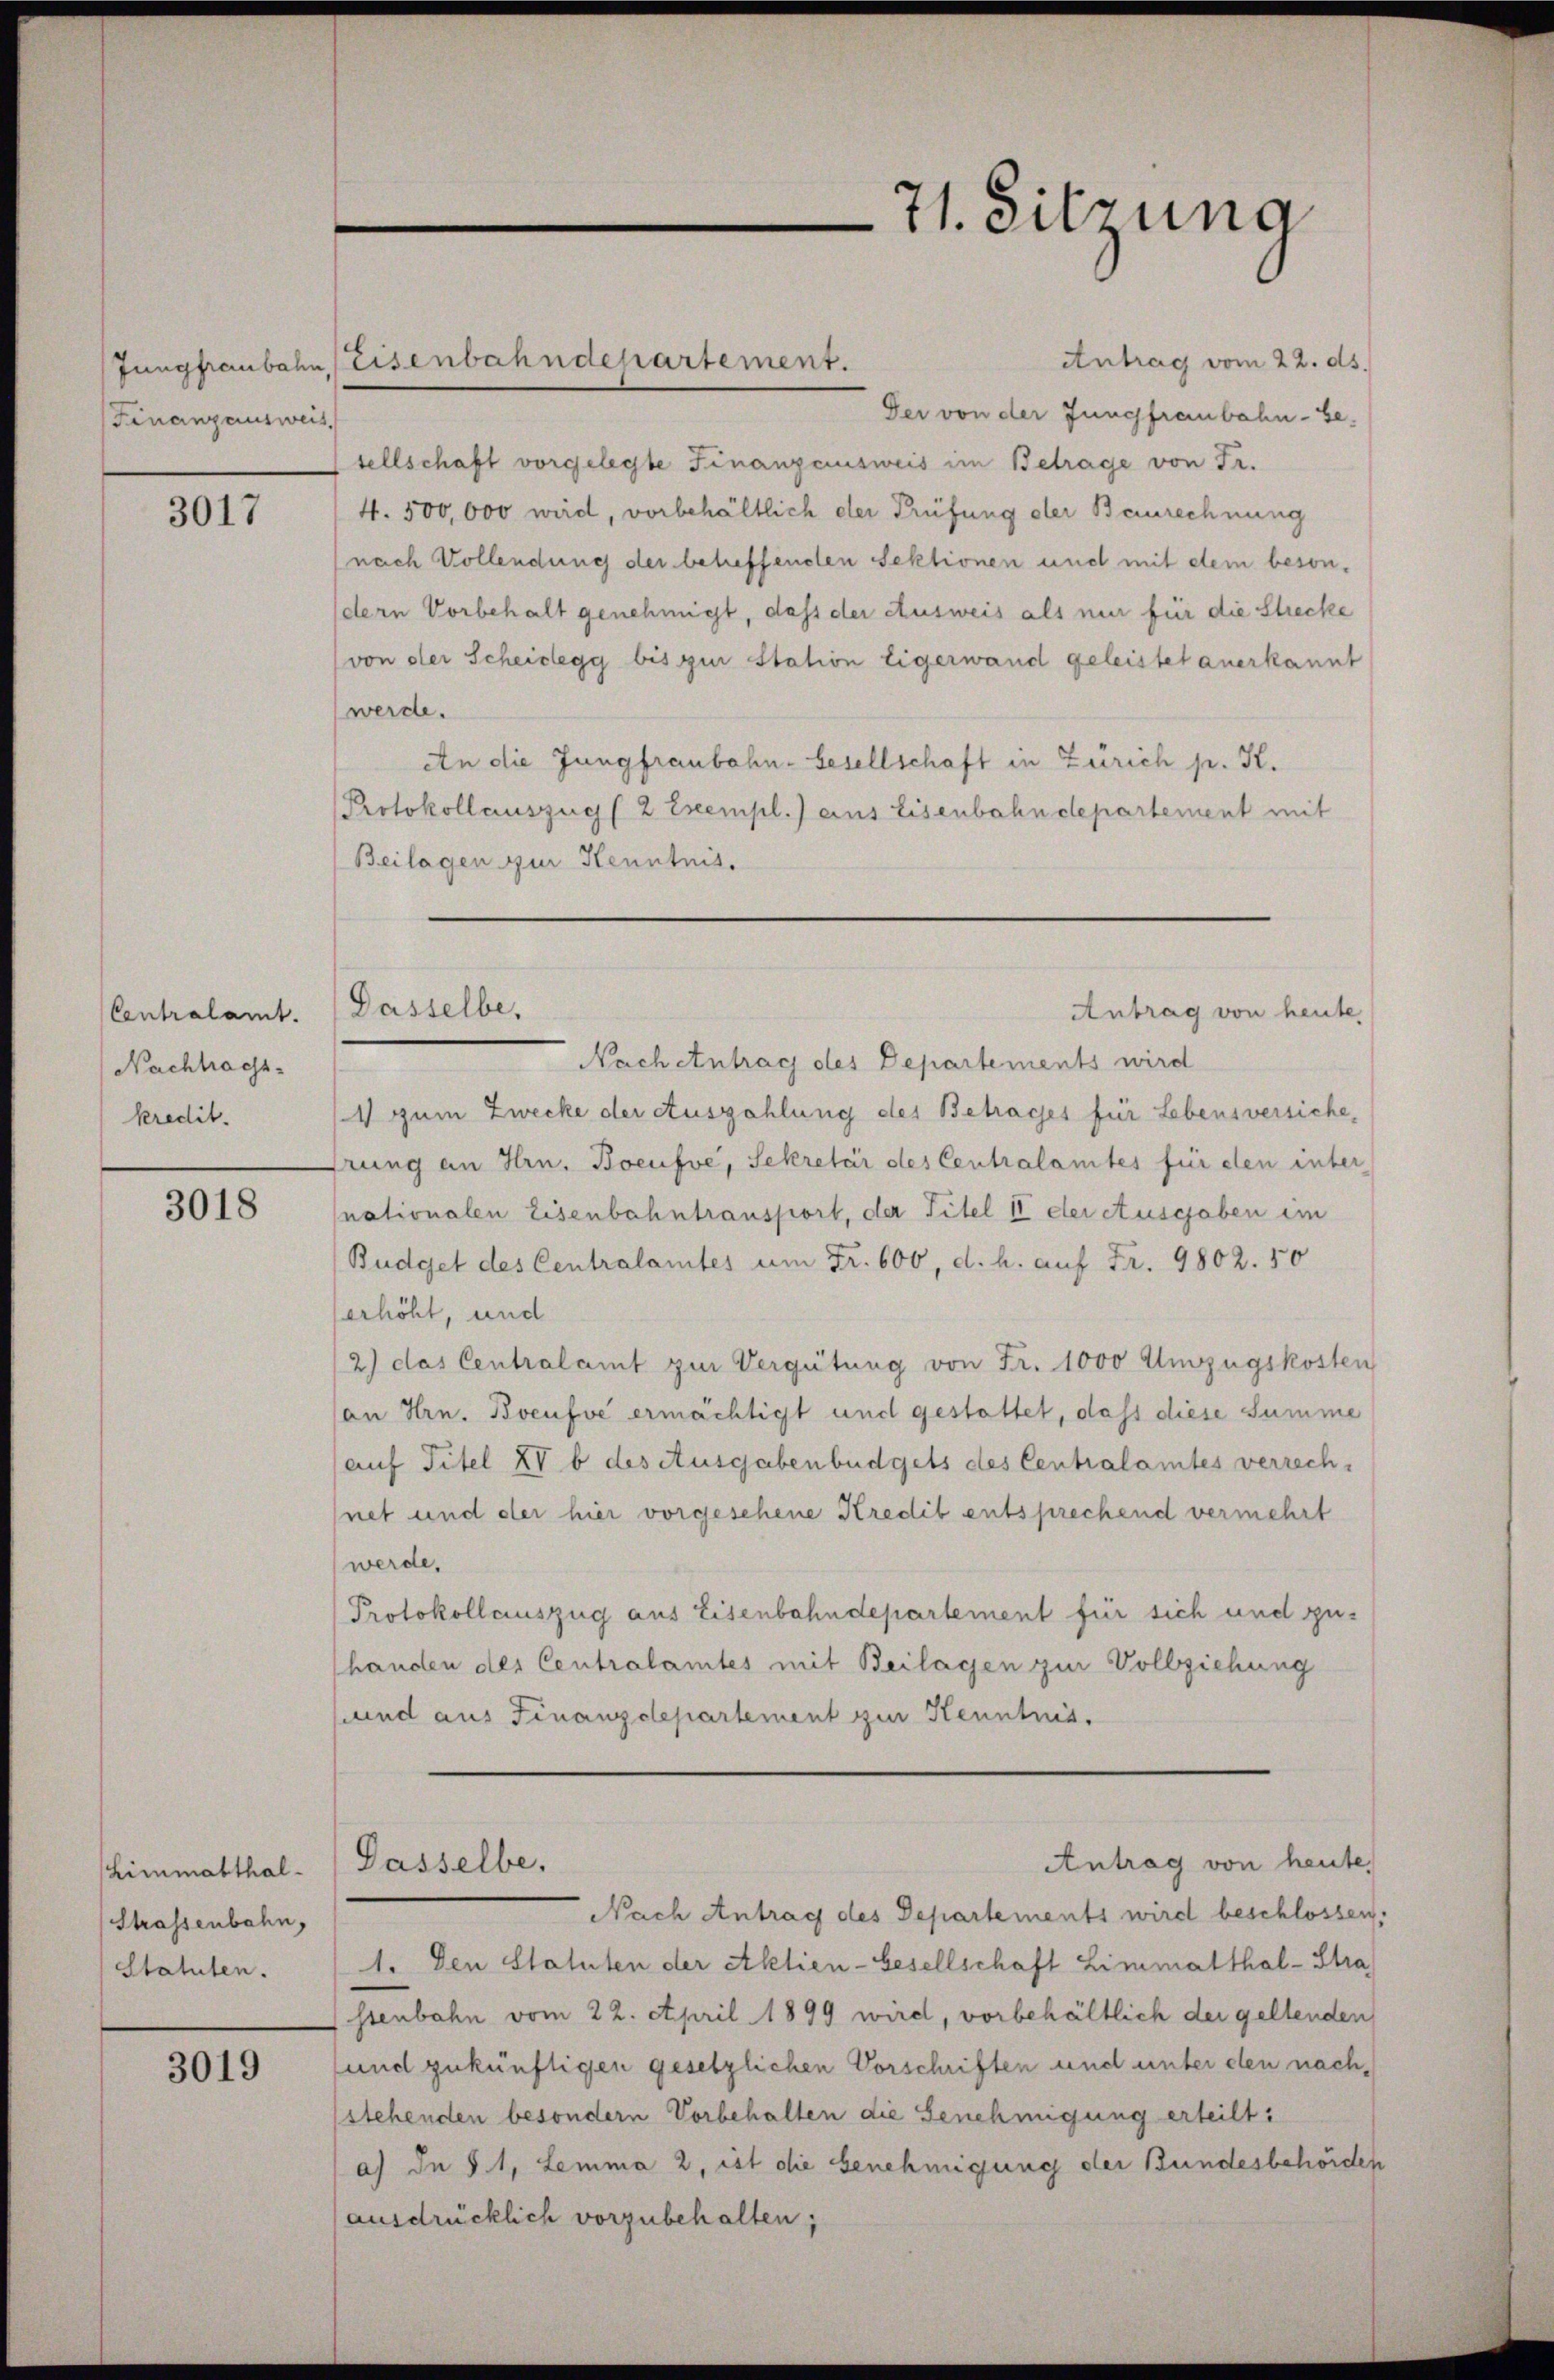
Finanzausweis

3017

Centralamt.
Nachhachs
kredit.

3018

Limmatthal¬
Strassenbahn,
Statuten.

3019

Antrag vom 22. ds.
Jungfraubahn, Eisenbahndepartement.
Der von der Jungfraubahn-se.
sellschaft vorgelegte Finanzausweis im Betrage von Fr.
4. 500,000 wird, vorbehältlich der Prüfung der Baurechnung
(nach Vollendung der betreffenden Sektionen und mit dem besondern Vorbehalt genehmigt, dass der Ausweis als nur für die Strecke
(von der Scheidegg bis zur Station Eigerwand geleistet anerkannt
werde.
An die Jungfraubahn- besellschaft in Zürich pr. K.
Protokollauszug (2 Exempl.) aus Eisenbahndepartement mit
Beilagen zur Kenntnis.

Dasselbe,

Nach Antrag des Departements wird
1 zum Zwecke der Auszahlung des Betrages für Lebensversicherung an Hrn. Boeufve, Sekretär des Centralamtes für den inter
nationalen Eisenbahntransport, der Titel II der Ausgaben im
Budget des Centralamtes um Fr. 600, d. h. auf Fr. 9802. 50
erhöht, und
2) das Centralamt zur Vergütung von Fr. 1000 Umzugskosten
an Hrn. Boeufve ermächtigt und gestattet, dass diese Summe
auf Titel IV b des Ausgabenbüdgets des Centralamtes verrech-
net und der hier vorgesehene Kredit entsprechend vermehrt
werde.
Protokollauszug aus Eisenbahndepartement für sich und zuhanden des Centralamtes mit Beilagen zur Vollziehung
und aus Finanzdepartement zur Kenntnis.
Antrag von heute.
Dasselbe,
Nach Antrag des Departements wird beschlossen,
1. Den Statuten der Aktien-Gesellschaft Limmatthal-Stra
ssenbahn vom 22. April 1899 wird, vorbehältlich der geltenden
und zukünftigen gesetzlichen Vorschriften und unter den nachstehenden besondern Vorbehalten die Genehmigung erteilt:
a) In § 1, Lemma 2, ist die Benehmigung der Bundesbehörden
ausdrücklich vorzubehalten;

71. Sitzung

Antrag von heute